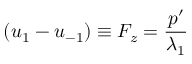
( u _ { 1 } - u _ { - 1 } ) \equiv F _ { z } = \frac { p ^ { \prime } } { \lambda _ { 1 } }